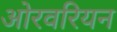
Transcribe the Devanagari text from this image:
ओरवरियन